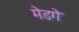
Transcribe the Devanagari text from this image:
मेडगे